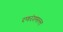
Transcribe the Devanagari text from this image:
रणरंगमल्ल